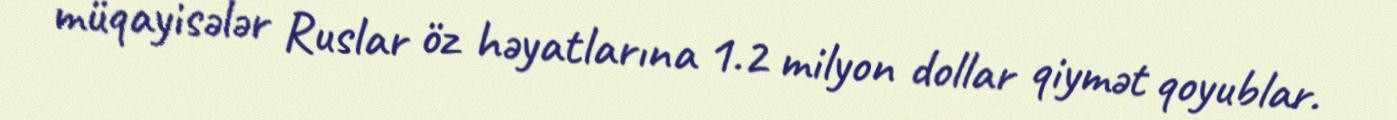
müqayisələr Ruslar öz həyatlarına 1.2 milyon dollar qiymət qoyublar.